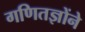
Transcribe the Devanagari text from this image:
गणितज्ञोंने